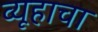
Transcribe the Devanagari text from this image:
व्यूहाचा